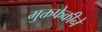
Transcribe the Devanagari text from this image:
मुक्तफेकीने